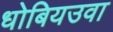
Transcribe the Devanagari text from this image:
धोबियउवा